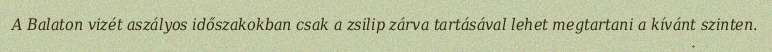
A Balaton vizét aszályos időszakokban csak a zsilip zárva tartásával lehet megtartani a kívánt szinten.